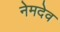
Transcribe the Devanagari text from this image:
नेमदेव